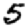
Digit: 5